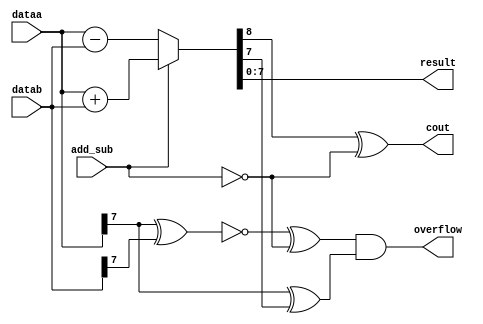
module  part4_add_add_sub
	( 
	add_sub,
	cout,
	dataa,
	datab,
	overflow,
	result) /* synthesis synthesis_clearbox=1 */;
	input   add_sub;
	output   cout;
	input   [7:0]  dataa;
	input   [7:0]  datab;
	output   overflow;
	output   [7:0]  result;
`ifndef ALTERA_RESERVED_QIS
// synopsys translate_off
`endif
	tri1   add_sub;
	tri0   [7:0]  dataa;
	tri0   [7:0]  datab;
`ifndef ALTERA_RESERVED_QIS
// synopsys translate_on
`endif

	reg	[8:0]	wire_result_int;

	always @(add_sub or dataa or datab)
		if (add_sub == 1'b1) wire_result_int = dataa + datab;
		else wire_result_int = dataa - datab;
	assign
		result = wire_result_int[7:0],
		cout = wire_result_int[8:8] ^ ~add_sub;
	assign
		overflow = (~(dataa[7:7] ^ datab[7:7]) ^ ~add_sub) & (dataa[7:7] ^ wire_result_int[7:7]);
endmodule
module part4_add (
	add_sub,
	dataa,
	datab,
	cout,
	overflow,
	result)/* synthesis synthesis_clearbox = 1 */;

	input	  add_sub;
	input	[7:0]  dataa;
	input	[7:0]  datab;
	output	  cout;
	output	  overflow;
	output	[7:0]  result;

	wire  sub_wire0;
	wire  sub_wire1;
	wire [7:0] sub_wire2;
	wire  overflow = sub_wire0;
	wire  cout = sub_wire1;
	wire [7:0] result = sub_wire2[7:0];

	part4_add_add_sub	part4_add_add_sub_component (
				.add_sub (add_sub),
				.datab (datab),
				.dataa (dataa),
				.overflow (sub_wire0),
				.cout (sub_wire1),
				.result (sub_wire2));

endmodule